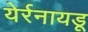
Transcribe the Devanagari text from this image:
येर्रनायडू